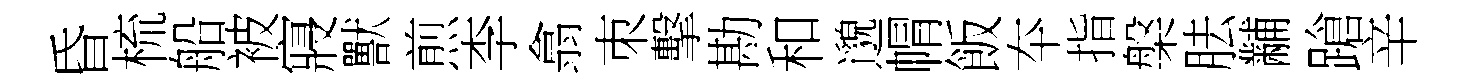
昏梳船被寢獸煎李翕朿擊勘和邈㡌飯夲指槃胠黼蹌辛